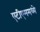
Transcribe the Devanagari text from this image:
एटीएममध्ये